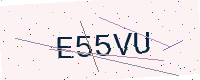
Text: E55VU